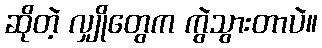
ဆိုတဲ့ လျှိုတွေက ကွဲသွားတာပဲ။